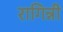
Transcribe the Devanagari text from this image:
रागिन्नी